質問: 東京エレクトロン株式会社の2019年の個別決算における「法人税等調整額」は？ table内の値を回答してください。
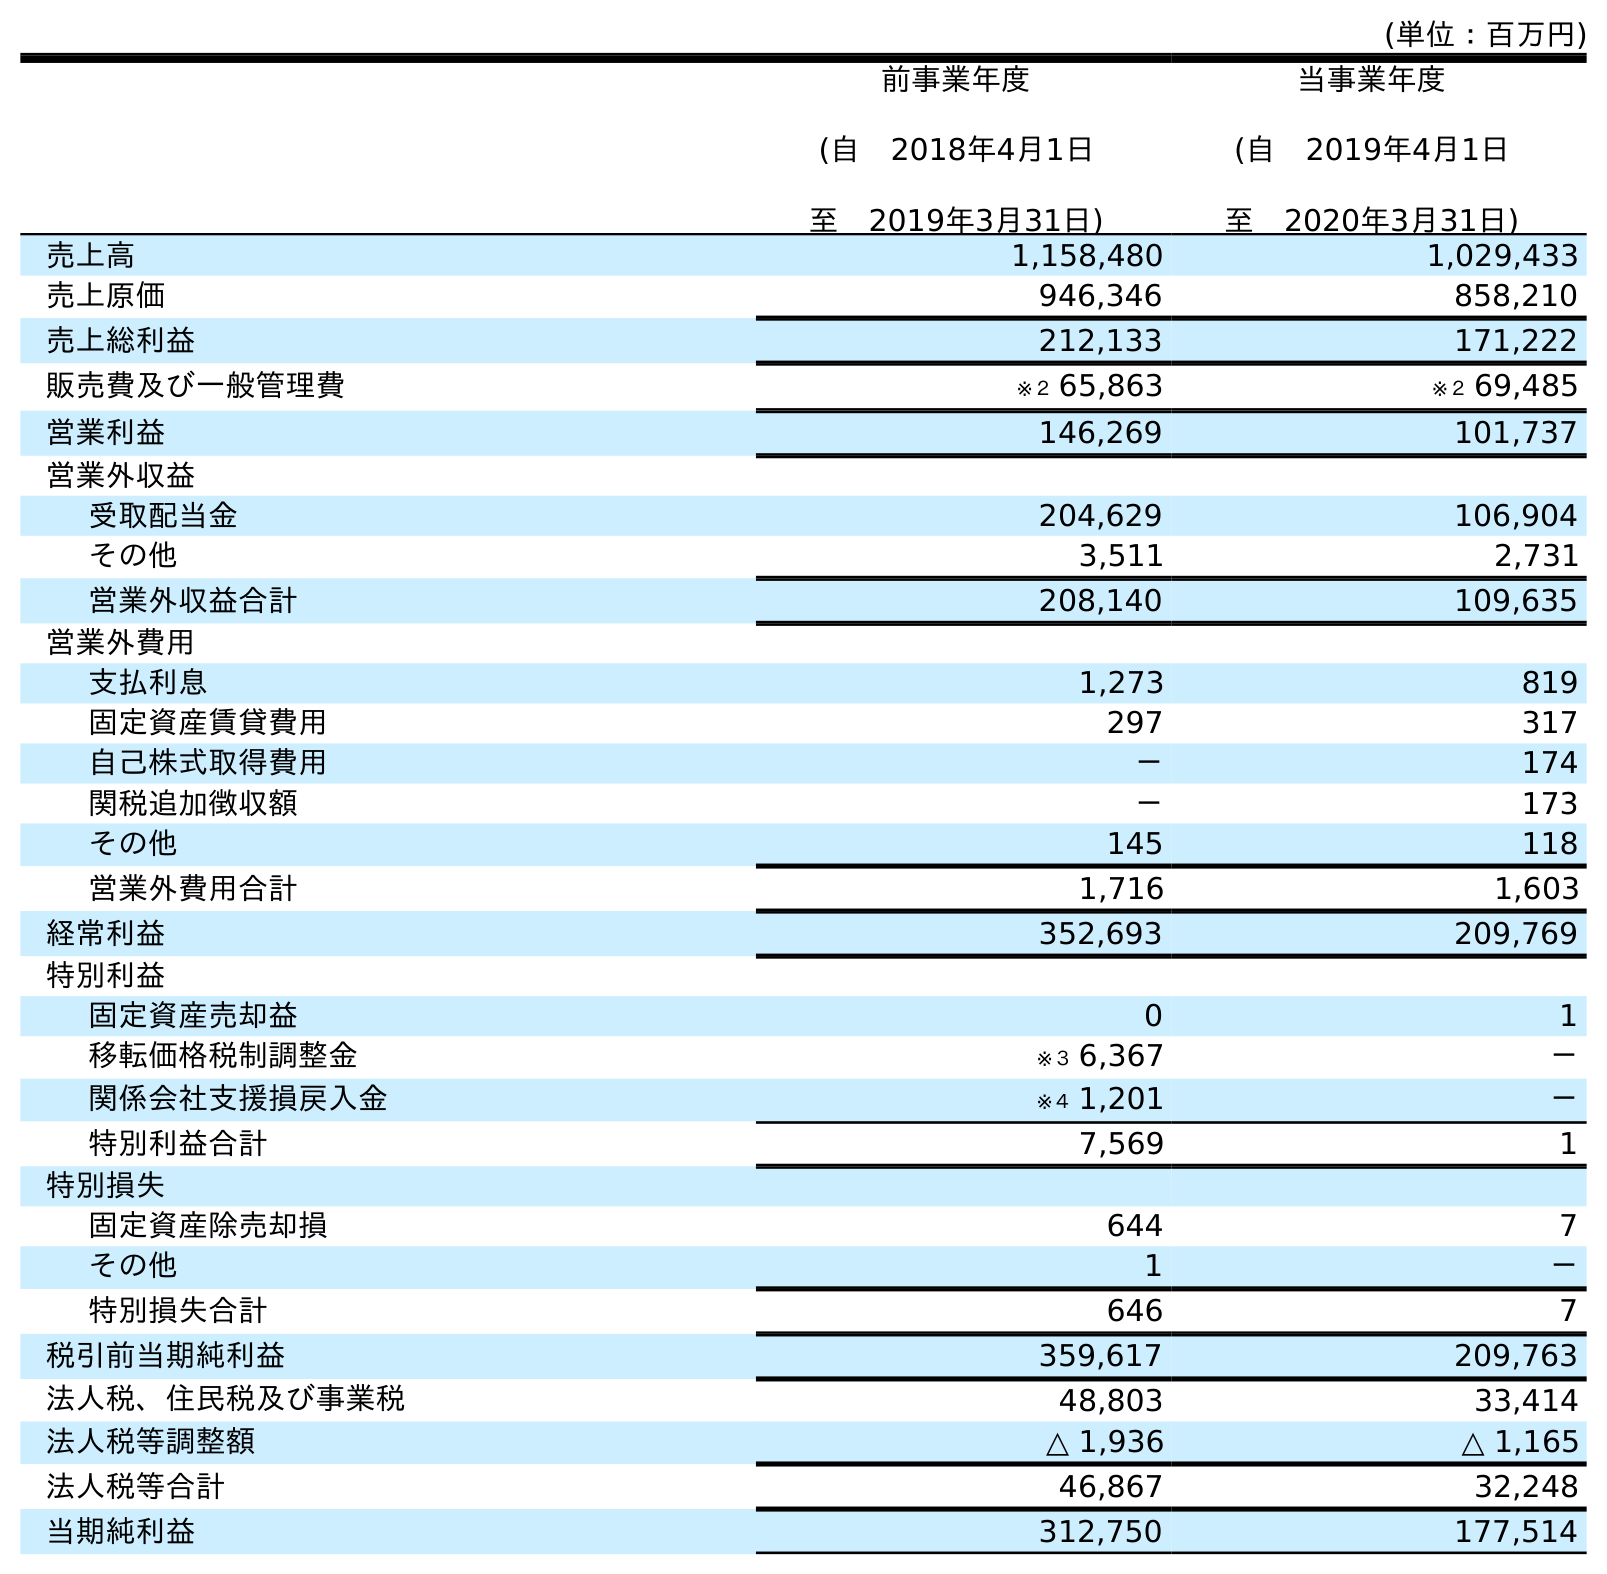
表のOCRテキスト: (単位：百万円) 前事業年度 (自 2018年4月1日 至 2019年3月31日) 当事業年度 (自 2019年4月1日 至 2020年3月31日) 売上高 1,158,480 1,029,433 売上原価 946,346 858,210 売上総利益 212,133 171,222 販売費及び一般管理費 ※２ 65,863 ※２ 69,485 営業利益 146,269 101,737 営業外収益 受取配当金 204,629 106,904 その他 3,511 2,731 営業外収益合計 208,140 109,635 営業外費用 支払利息 1,273 819 固定資産賃貸費用 297 317 自己株式取得費用 － 174 関税追加徴収額 － 173 その他 145 118 営業外費用合計 1,716 1,603 経常利益 352,693 209,769 特別利益 固定資産売却益 0 1 移転価格税制調整金 ※３ 6,367 － 関係会社支援損戻入金 ※４ 1,201 － 特別利益合計 7,569 1 特別損失 固定資産除売却損 644 7 その他 1 － 特別損失合計 646 7 税引前当期純利益 359,617 209,763 法人税、住民税及び事業税 48,803 33,414 法人税等調整額 △ 1,936 △ 1,165 法人税等合計 46,867 32,248 当期純利益 312,750 177,514
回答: △1,936